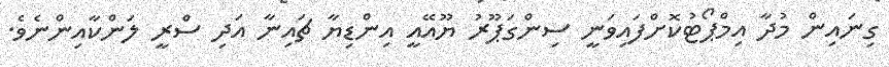
ގިނައިން މުދާ އިމްޕޯޓުކޮށްފައިވަނީ ސިންގަޕޫރު ޔޫއޭއީ އިންޑިޔާ ޗައިނާ އަދި ސްރީ ލަންކާއިންނެވެ.